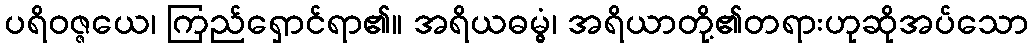
ပရိဝဇ္ဇယေ၊ ကြည်ရှောင်ရာ၏။ အရိယဓမ္မွံ၊ အရိယာတို့၏တရားဟုဆိုအပ်သော